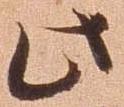
此